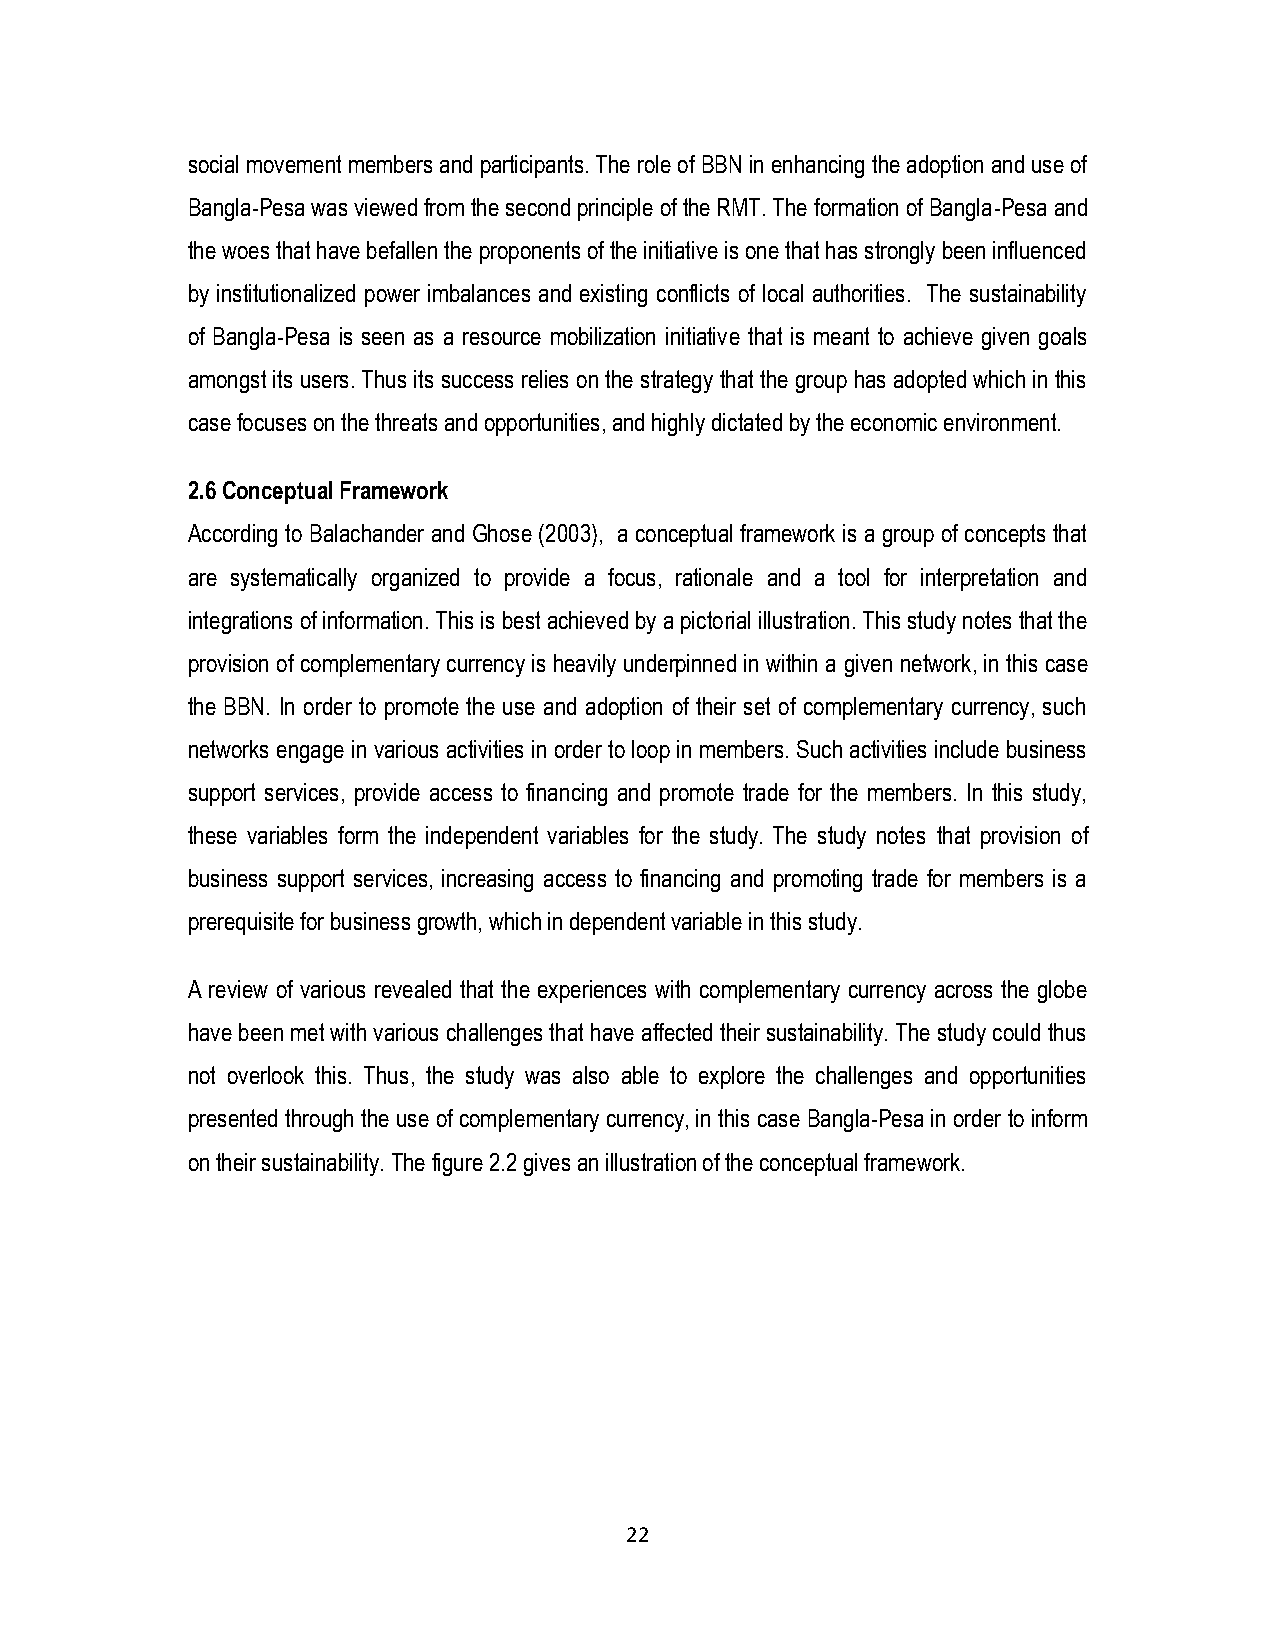
social movement members and participants. The role of BBN in enhancing the adoption and use of
 Bangla-Pesa was viewed from the second principle of the RMT. The formation of Bangla-Pesa and
 the woes that have befallen the proponents of the initiative is one that has strongly been influenced
 by institutionalized power imbalances and existing conflicts of local authorities. The sustainability
 of Bangla-Pesa is seen as a resource mobilization initiative that is meant to achieve given goals
 amongst its users. Thus its success relies on the strategy that the group has adopted which in this
 case focuses on the threats and opportunities, and highly dictated by the economic environment.
 2.6 Conceptual Framework
 According to Balachander and Ghose (2003), a conceptual framework is a group of concepts that
 are systematically organized to provide a focus, rationale and a tool for interpretation and
 integrations of information. This is best achieved by a pictorial illustration. This study notes that the
 provision of complementary currency is heavily underpinned in within a given network, in this case
 the BBN. In order to promote the use and adoption of their set of complementary currency, such
 networks engage in various activities in order to loop in members. Such activities include business
 support services, provide access to financing and promote trade for the members. In this study,
 these variables form the independent variables for the study. The study notes that provision of
 business support services, increasing access to financing and promoting trade for members is a
 prerequisite for business growth, which in dependent variable in this study.
 A review of various revealed that the experiences with complementary currency across the globe
 have been met with various challenges that have affected their sustainability. The study could thus
 not overlook this. Thus, the study was also able to explore the challenges and opportunities
 presented through the use of complementary currency, in this case Bangla-Pesa in order to inform
 on their sustainability. The figure 2.2 gives an illustration of the conceptual framework.
 22